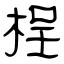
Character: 桯